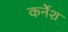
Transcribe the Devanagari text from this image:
कर्नेश